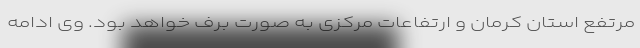
مرتفع استان کرمان و ارتفاعات مرکزی به صورت برف خواهد بود. وی ادامه